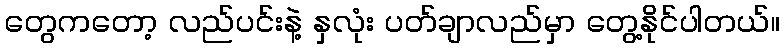
တွေကတော့ လည်ပင်းနဲ့ နှလုံး ပတ်ချာလည်မှာ တွေ့နိုင်ပါတယ်။